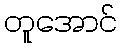
တူအောင်